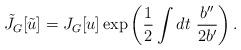
LaTeX: \begin{align*}\tilde{J}_G[\tilde{u}] = J_G[u] \exp\left(\frac{1}{2}\int dt~ \frac{b''}{2b'}\right).\end{align*}